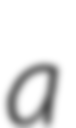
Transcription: a